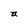
Character: a